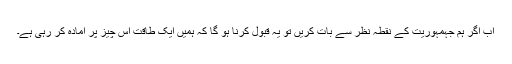
اب اگر ہم جہمہوریت کے نقطہ نظر سے بات کریں تو یہ قبول کرنا ہو گا کہ ہمیں ایک طاقت اس چیز پر آمادہ کر رہی ہے۔